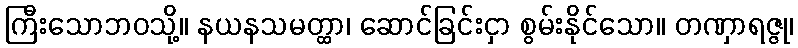
ကြီးသောဘဝသို့။ နယနသမတ္ထာ၊ ဆောင်ခြင်းငှာ စွမ်းနိုင်သော။ တဏှာရဇ္ဇု၊